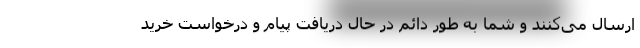
ارسال می‌کنند و شما به طور دائم در حال دریافت پیام و درخواست خرید